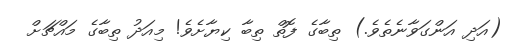
(އަދި އަންގަވާނެތެވެ.) ތިބާގެ ފޮތް ތިބާ ކިޔާށެވެ! މިއަދު ތިބާގެ މައްޗަށް